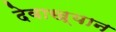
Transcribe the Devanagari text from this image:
देवाख्यान